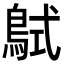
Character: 𪀸